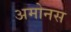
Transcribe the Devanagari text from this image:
अमोनस